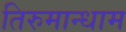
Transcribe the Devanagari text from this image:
तिरुमान्धाम